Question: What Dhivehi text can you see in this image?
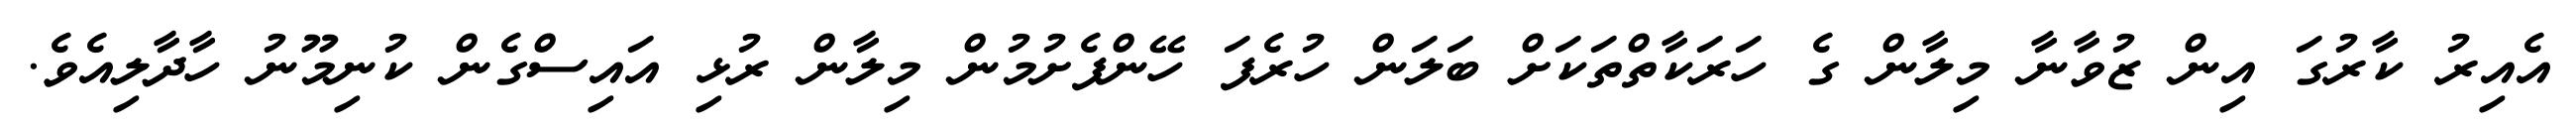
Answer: އެއިރު ކާރުގަ އިން ޒުވާނާ މިލާން ގެ ހަރަކާތްތަކަށް ބަލަން ހުރެފަ ހޭންފެށުމުން މިލާން ރުޅި އައިސްގެން ކުނިމޫނު ހާދާލިއެވެ.